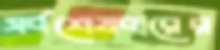
সর্বশেষবারের